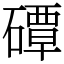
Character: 磹